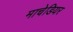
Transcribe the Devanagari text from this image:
माचेडियर